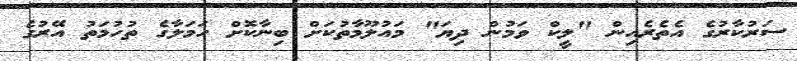
ސަރުކާރުގެ އެތެރެއިން "ލީކް ވަމުން ދިޔަ" މައުލޫމާތުކަށް ބިނާކޮށް ހަމަލާގެ ތުހުމަތު އޭރުގެ